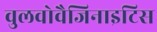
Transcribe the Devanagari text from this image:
वुलवोवैजिनाइटिस